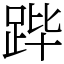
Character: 跸